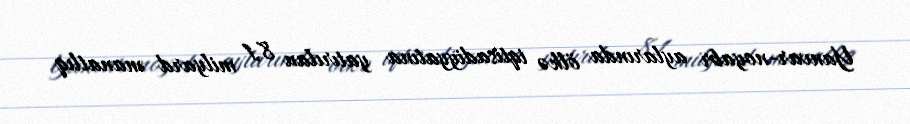
Yanvar-noyabr aylarında ölkə iqtisadiyyatına yatırılan 8,1 milyard manatlıq